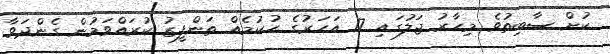
ކުށް ސާބިތުވެ މިހާރު ޖަލުގައި 17 އަހަރުގެ ހުކުމެއް ތަންފީޒު ކުރައްވަމުން ގެންދަވާ